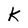
Character: k